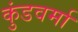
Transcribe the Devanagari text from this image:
कुंडवर्मा